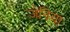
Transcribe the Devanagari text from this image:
जेनिया